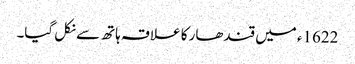
1622ء میں قندھار کا علاقہ ہاتھ سے نکل گیا۔